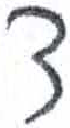
אות: צ